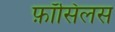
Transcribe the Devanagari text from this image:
फ़ॉसिलस